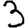
Digit: 3